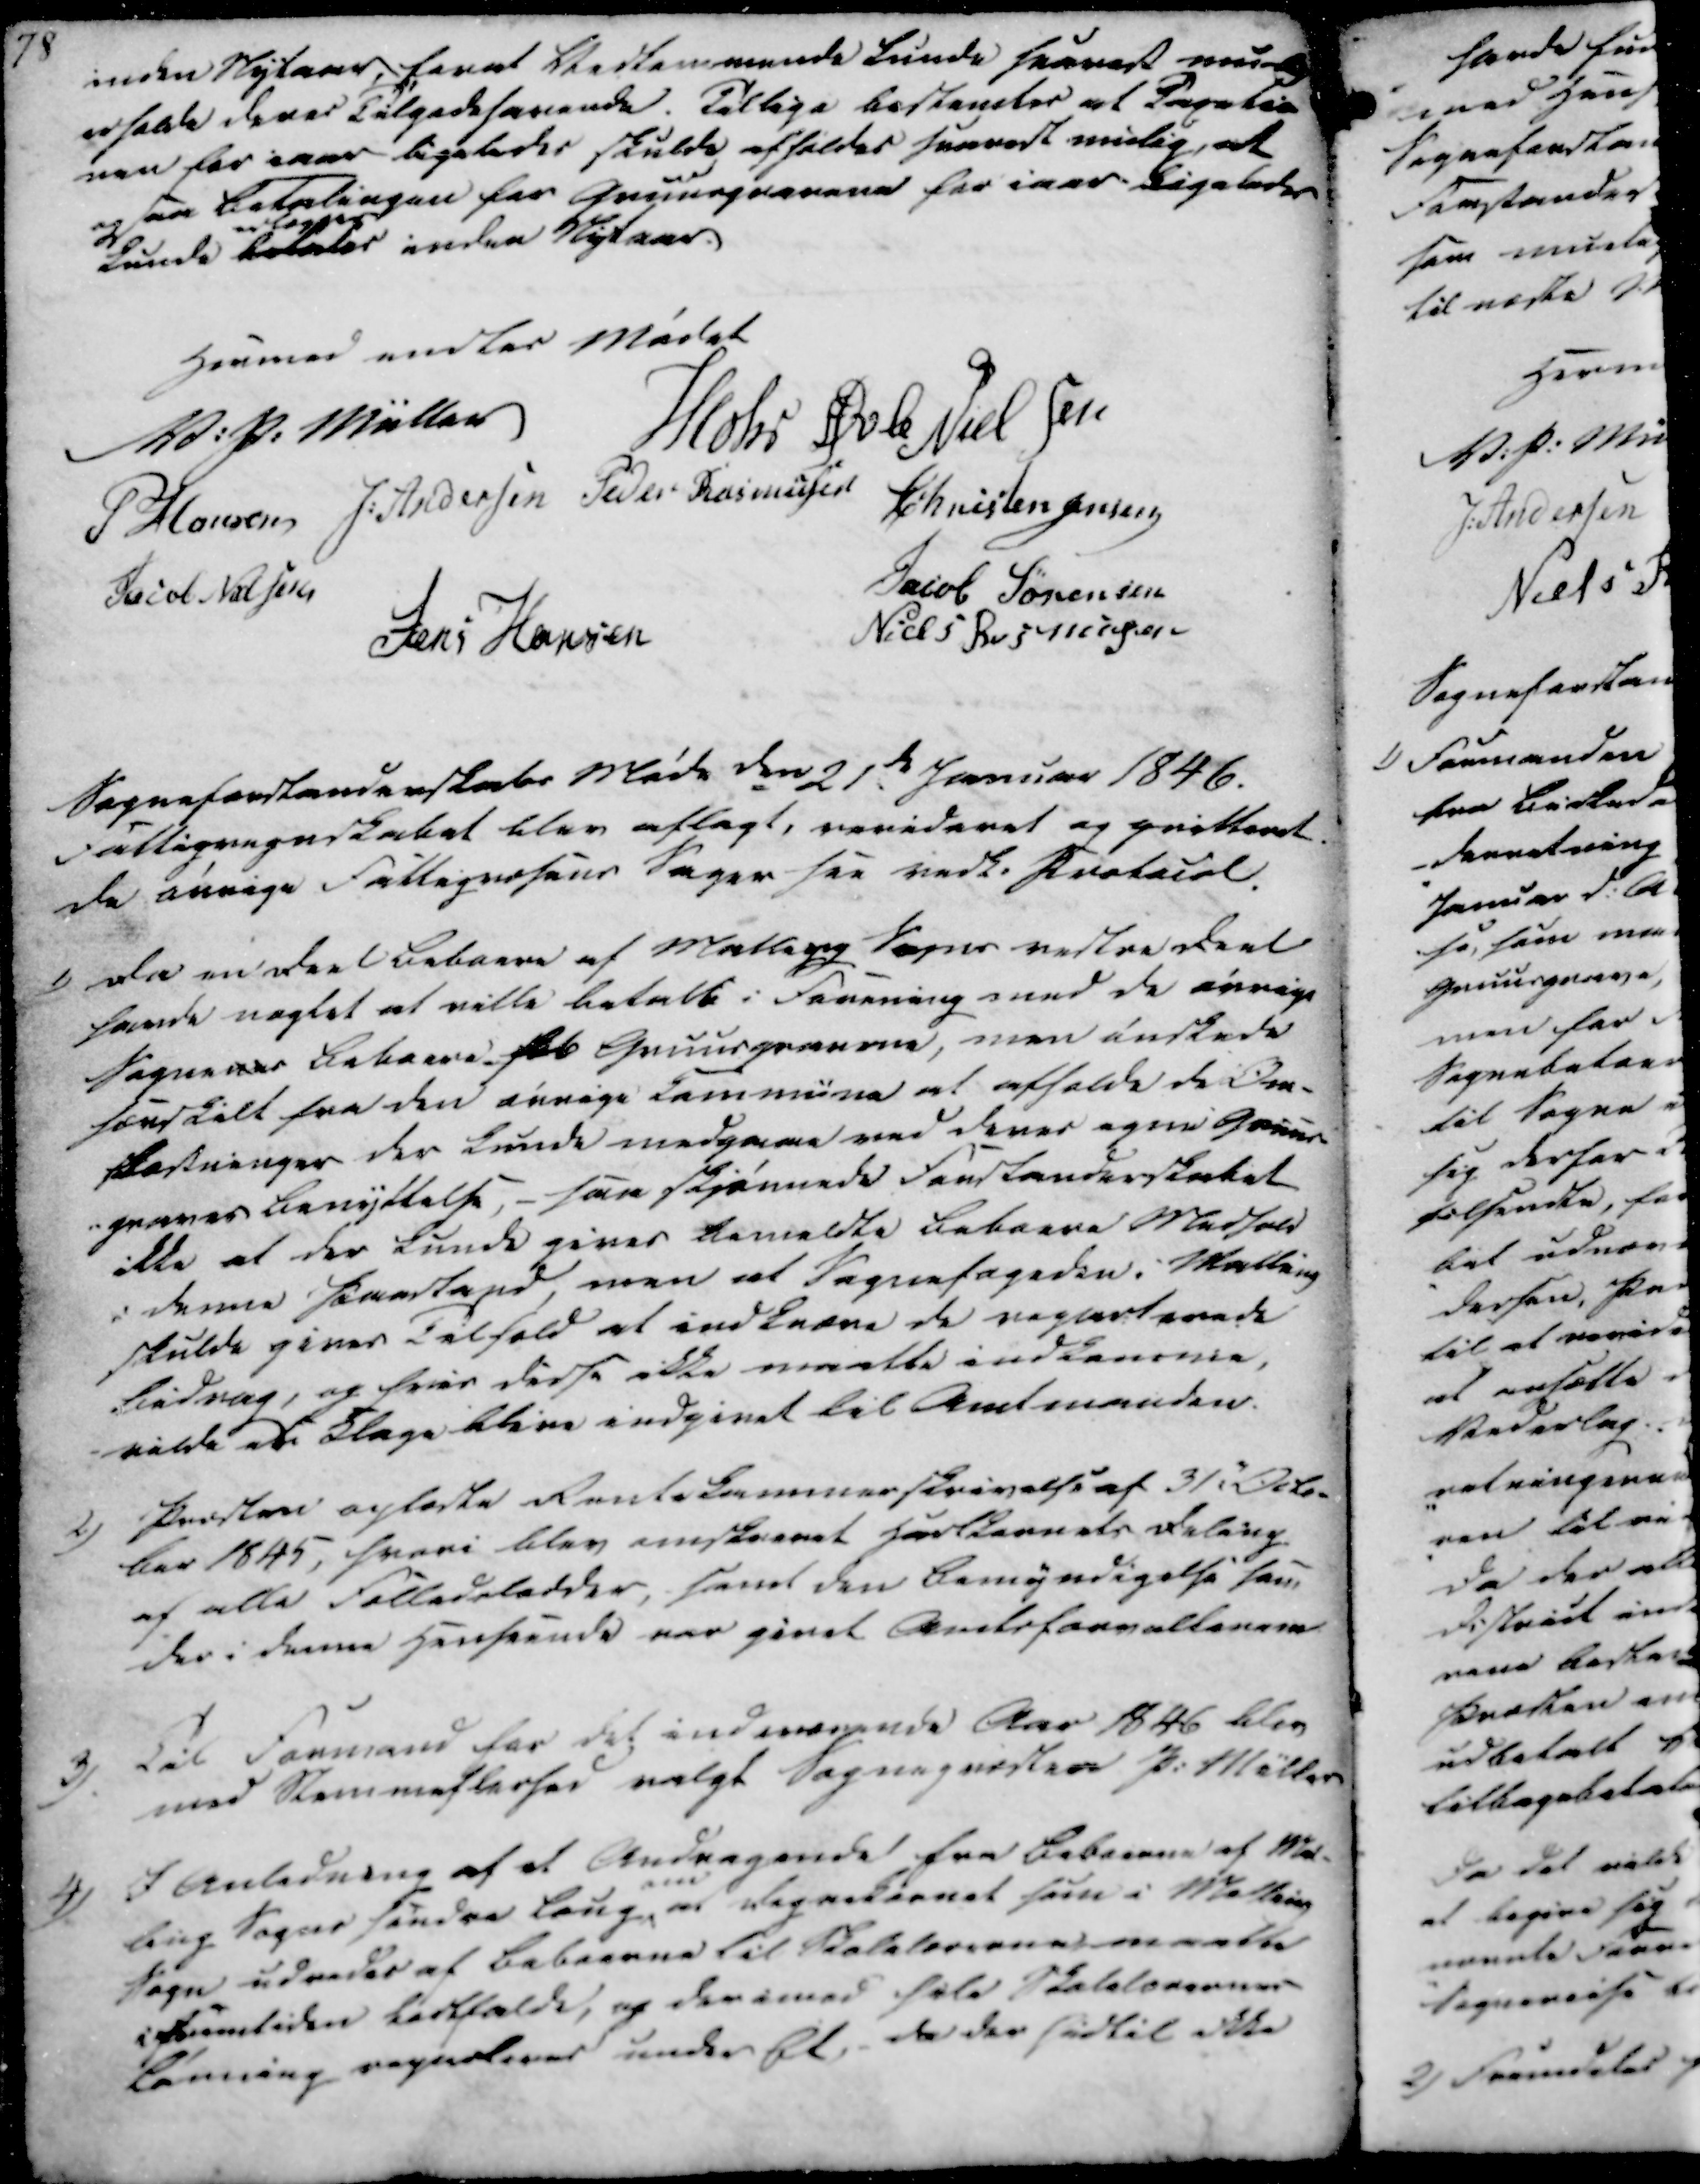
Transskription:
inden Nytaar, for at Vedkommende kunde snarest mulig
erholde deres Tilgodehavende. Tillige bestemtes at Taxatio
nen for iaar ligeledes skulde afholdes snarest mulig, at
ogsaa Betalingen for Gruusgravene for iaar ligeledes
kunde betales erlægges inden Nytaar.

Hermed endtes Mødet

V. P. Müller
Mohr
Øvle Nielsen
P Hansen 
J. Andersen
Peder Rasmussen
Christen Jensen
Jacob Nielsen
Jacob Sørensen
Jens Hansen
Niels Rasmussen

Sogneforstanderskabs Møde den 21de Januar 1846.
Fattigregnskabet blev aflagt, revideret og qvitteret.
De øvrige Fattigvæsens Sager see vedh. Protocol.

1)

Da en Deel Beboere af Malling Sogns vestre Deel
havde nægtet at ville betalte i Forening med de øvrige
Sognenes Beboere feb Gruusgravene, men ønskede
hænskilt fra den øvrige Commune at afholde de Om-
kostninger der kunde medgaae ved deres egen Gruus-
-graves benyttelse, - saa skjønnede Forstanderskabet
ikke at der kunde gives bemeldte Beboere Medhold
i denne Paastand, men at Sognefogeden i Malling
skulde gives Tilhold at indkræve de reparterede
Bidrag, og hvor disse ikke maatte indkomme,
vilde en Klage blive indgivet til Amtmanden.

2)

Præsten oplæste Rentekammerskrivelse af 31te Octo-
ber 1845, hvori blev omskrevet Hartkornets deling
af alle Fælledelodder, samt den Bemyndigelse som
der i denne Henseende var givet Amtsforvalterne

3)

Til Formand for det indeværende Aar 1846 blev
med Stemmeflerhed valgt Sognepræsten P. Møller

4)

I Anledning af et Andragende fra Beboerne af Mal-
ling Sogns søndre Laug
om
at Degnekørnet som i Malling
Sogn udredes af Beboerne til Skolelærerne maatte
i Fremtiden bortfalde, og derimod hele Skolelærernes
Lønning reguleres under Et, da der hidtil ikke